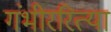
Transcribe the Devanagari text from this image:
गंभीररित्या